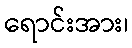
ရောင်းအား၊